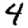
Digit: 4